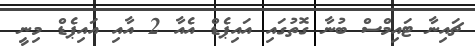
ޗައިނާ ޓައިމްސް ބުނާ ގޮތުގައި އައިޕެޑް އެއާ 2 އާއި އައިޕެޑް މިނީ